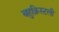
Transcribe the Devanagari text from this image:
बहुक्रिस्टली